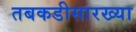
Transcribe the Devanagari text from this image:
तबकडीसारख्या